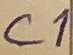
Text: C1